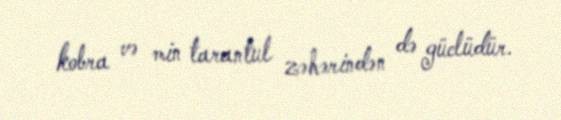
kobra və min tarantul zəhərindən də güclüdür.